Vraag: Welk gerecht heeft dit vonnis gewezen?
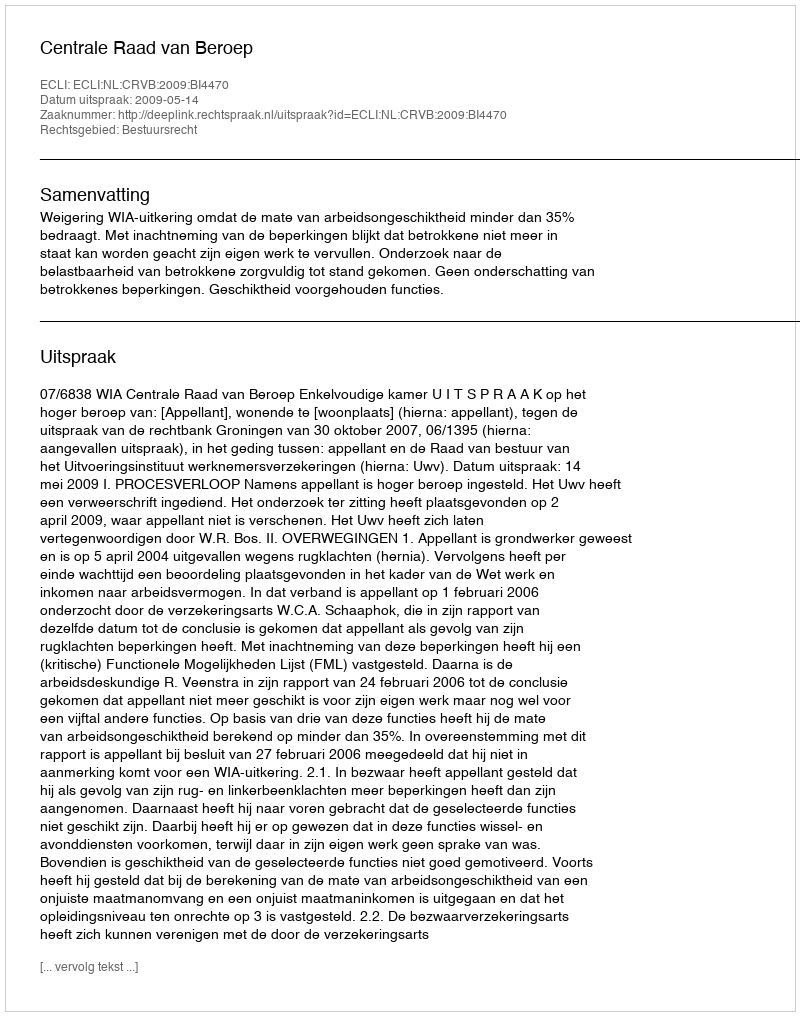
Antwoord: Centrale Raad van Beroep